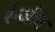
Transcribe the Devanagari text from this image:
रंन्जीत